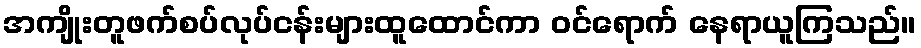
အကျိုးတူဖက်စပ်လုပ်ငန်းများထူထောင်ကာ ဝင်ရောက် နေရာယူကြသည်။